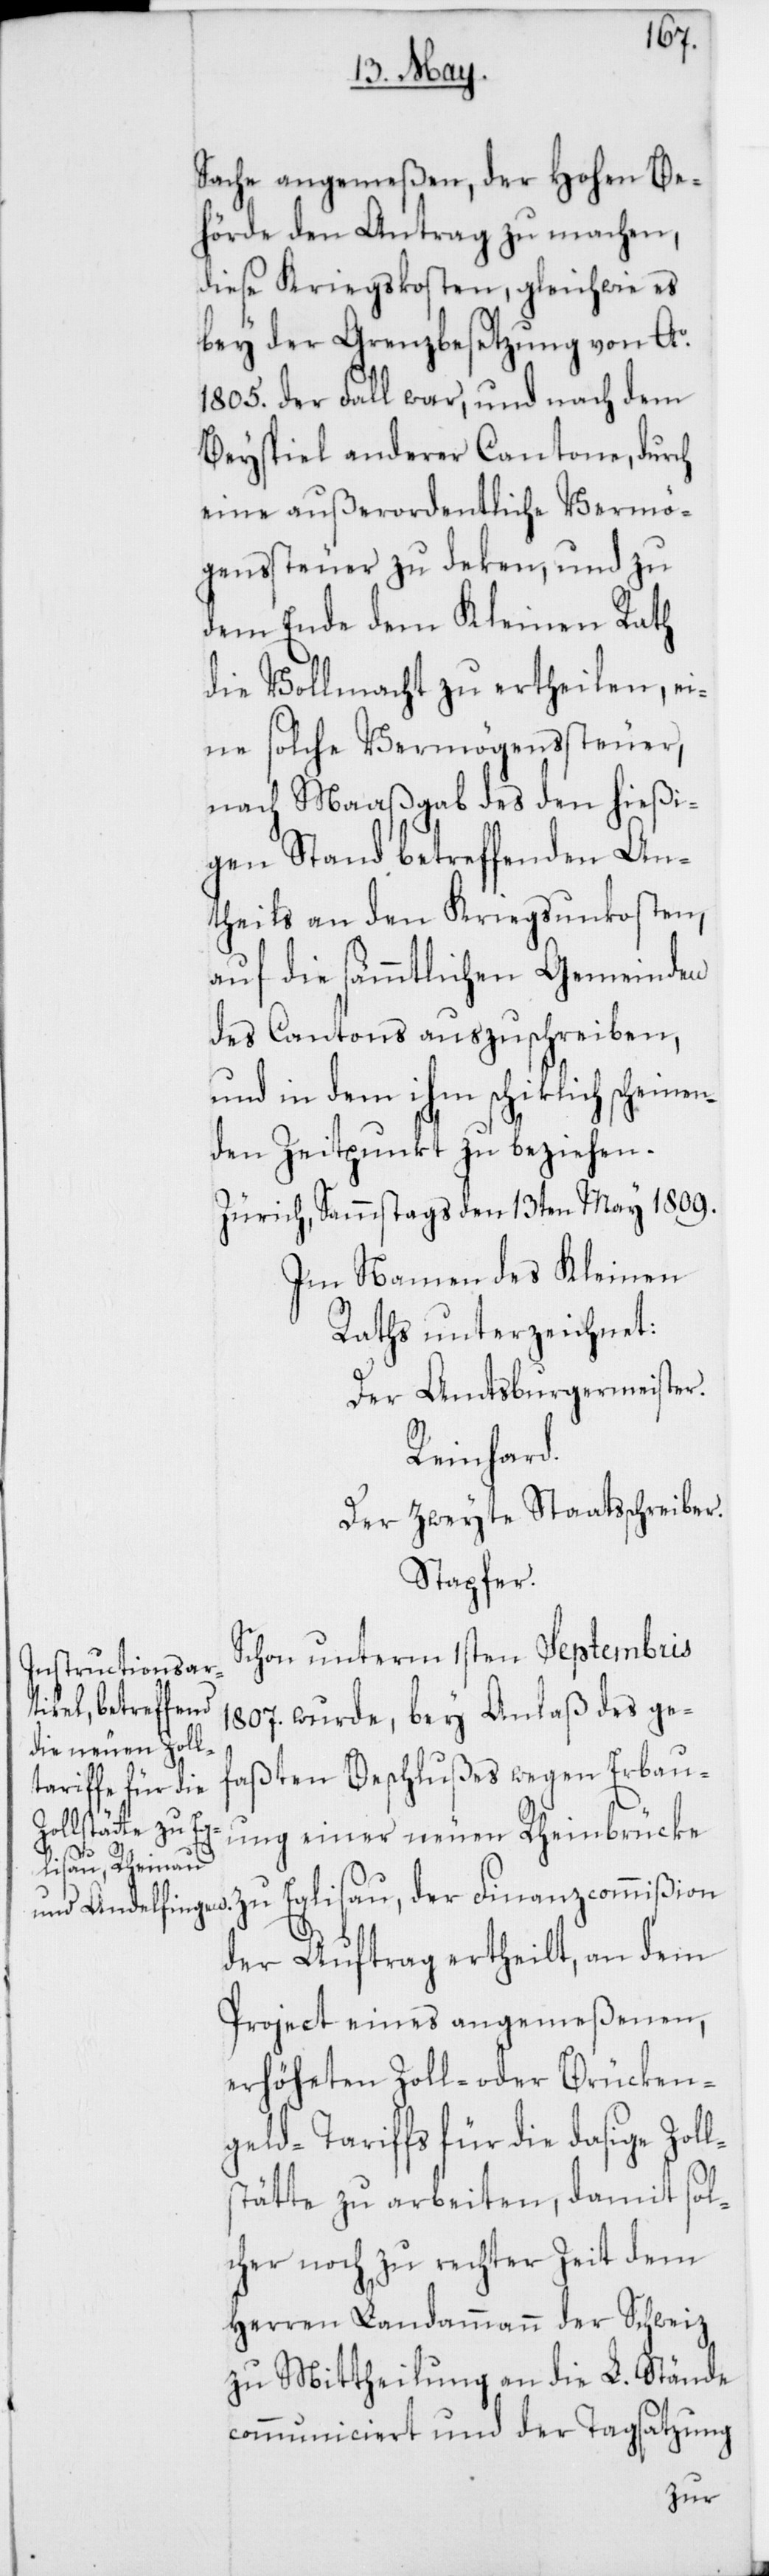
Sache angemeßen, der Hohen Be¬
hörde den Antrag zu machen,
diese Kriegskosten, gleichwie es
bey der Grenzbesetzung von Ao
1805. der Fall war, und nach dem
Beyspiel anderer Cantone, durch
eine außerordentliche Vermö¬
genssteuer zu deken, und zu
dem Ende dem Kleinen Rath
die Vollmacht zu ertheilen, ei¬
ne solche Vermögenssteuer,
nach Maaßgab des den hießi¬
gen Stand betreffenden An¬
theils an den Kriegsunkosten,
auf die sämmtlichen Gemeinden
des Cantons auszuschreiben,
und in dem ihm schiklich scheinen¬
den Zeitpunkt zu beziehen.
Zürich, Sammstags den 13ten May 1809.
Im Namen des Kleinen
Raths unterzeichnet:
Der Amtsburgermeister.
Reinhard.
Der zweyte Staatsschreiber.
Stapfer.
Schon unterm 1sten Septembris
1807. wurde, bey Anlaß des ge¬
faßten Beschlußes wegen Erbau¬
ung einer neuen Rheinbrücke
der Auftrag ertheilt, an dem
Project eines angemeßenen,
erhöheten Zoll- oder Brücken¬
geld-Tariffs für die dasige Zoll¬
stätte zu arbeiten, damit sol¬
cher noch zu rechter Zeit dem
Herren Landammann der Schweiz
zu Mittheilung an die L. Stände
communiciert und der Tagsatzung